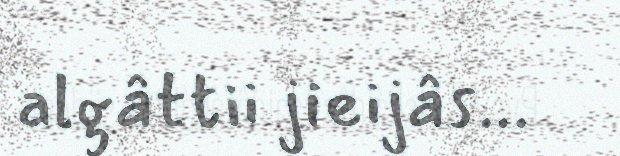
algâttii jieijâs...